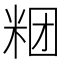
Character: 𰪶